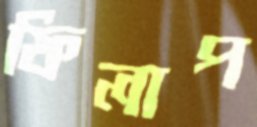
ফিলাপ